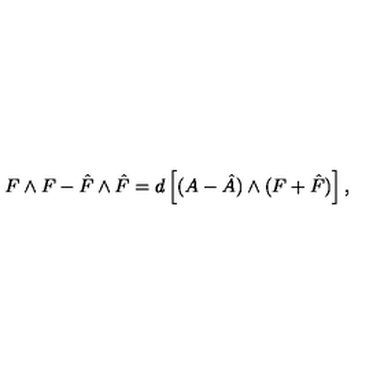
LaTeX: F \wedge F - \hat { F } \wedge \hat { F } = d \left[ ( A - \hat { A } ) \wedge ( F + \hat { F } ) \right] ,